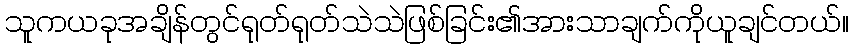
သူကယခုအချိန်တွင်ရုတ်ရုတ်သဲသဲဖြစ်ခြင်း၏အားသာချက်ကိုယူချင်တယ်။